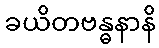
ခယိတဗန္ဓနာနိ